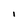
Character: i